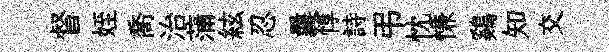
督姪喬治蒲絃忍曩惇詩弔忱慊鷄知交